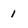
Character: 1